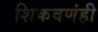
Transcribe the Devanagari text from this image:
शिकवणंही